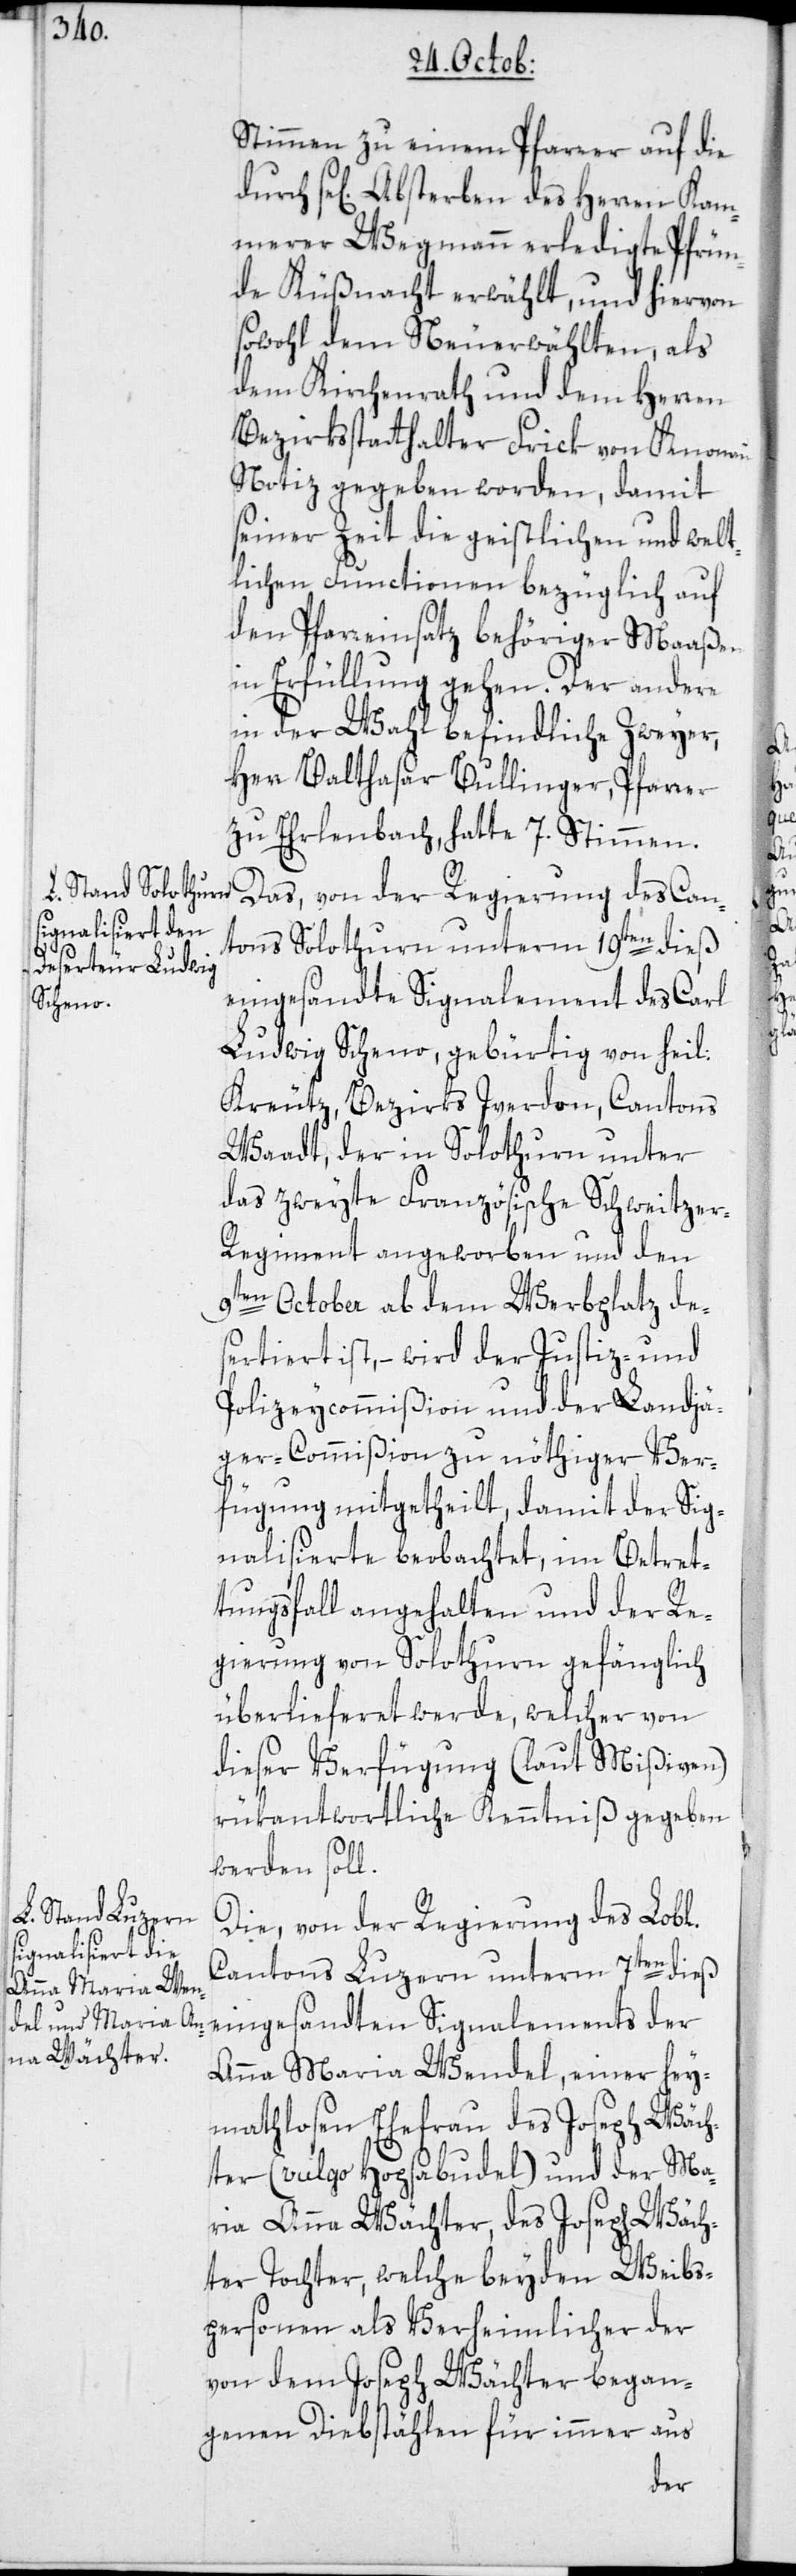
Stimmen zu einem Pfarrer auf die
Kammerer Wegmann erledigte Pfrün¬
de Küßnacht erwählt, und hiervon
sowohl dem Neuerwählten, als
dem Kirchenrath und dem Herren
Bezirksstatthalter Frick von Knonau
Notiz gegeben worden, damit
seiner Zeit die geistlichen und welt¬
lichen Functionen bezüglich auf
den Pfarreinsatz behöriger Maaßen
in Erfüllung gehen. Der andere
in der Wahl befindliche Zweyer,
Herr Balthasar Bullinger, Pfarrer
zu Ehrlenbach, hatte 7. Stimmen.
Das, von der Regierung des Can¬
tons Solothurn unterm 19ten dieß
eingesandte Signalement des Carl
Ludwig Scheno, gebürtig von heil:
Kreutz, Bezirks Iverdon, Cantons
Waadt, der in Solothurn unter
das zweyte Französische Schweitze¬
r-Regiment angeworben und den
9ten October ab dem Werbplatz de¬
sertiert ist, – wird der Justiz- und
Polizeycommißion und der Landjä¬
ger-Commißion zu nöthiger Ver¬
fügung mitgetheilt, damit der Sig¬
nalisierte beobachtet, im Betret¬
tungsfall angehalten und der Re¬
gierung von Solothurn gefänglich
überlieferet werde, welcher von
dieser Verfügung (laut Mißiven)
rükantwortliche Kenntniß gegeben
werden soll.
Die, von der Regierung des Lobl.
Cantons Luzern unterm 7ten dieß
eingesandten Signalements der
Anna Maria Wendel, einer hey¬
mathlosen Ehefrau des Joseph Wäch¬
ter (vulgo Hogsabudel) und der Ma¬
ria Anna Wächter, des Joseph Wäch¬
ter Tochter, welche beyden Weibs¬
personen als Verheimlicher der
von dem Joseph Wächter began¬
genen Dienstählen für immer aus
des